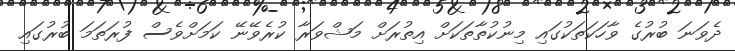
ދެވަނަ ބުރުގެ ވާހަކަތަކުގައި މިނުކުތާތަކަށް އިތުރަށް މަޝްވަރާ ކުރެވޭނޭ ކަމަށްވެސް ފުރަތަމަ ބުރުގައި